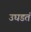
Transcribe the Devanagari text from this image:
उघडतं